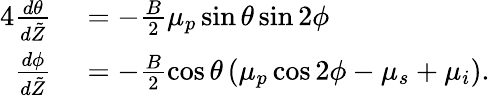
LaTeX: \begin{array}{rl}{{4}\frac{d\theta}{d\tilde{Z}}}&{{}=-\frac{B}{2}\mu_{p}\sin\theta\sin 2\phi}\\ {\frac{d\phi}{d\tilde{Z}}}&{{}=-\frac{B}{2}\cos\theta\left(\mu_{p}\cos 2\phi-\mu_{s}+\mu_{i}\right).}\end{array}